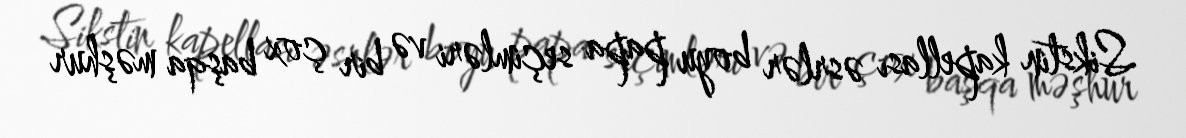
Sikstin kapellası əsrlər boyu papa seçimləri və bir çox başqa məşhur